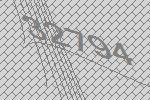
32794